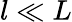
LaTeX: l\ll L